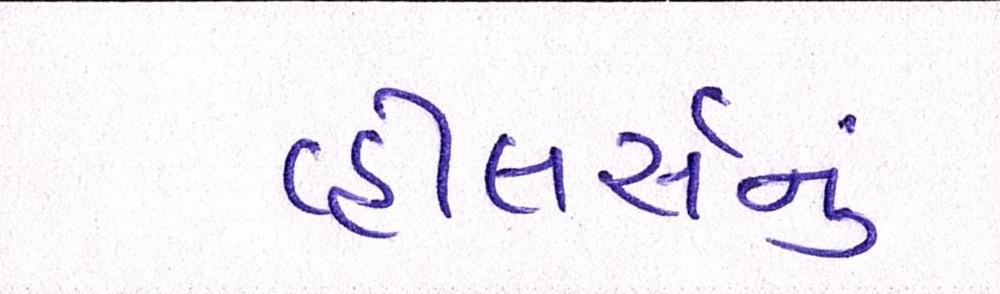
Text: વ્હીલર્સનું